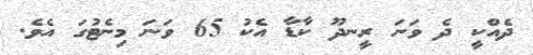
ދެއްކީ ދެ ވަނަ ރީނދޫ ކާޑާ އެކު 65 ވަނަ މިނެޓުގަ އެވެ.